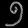
Digit: ၅